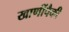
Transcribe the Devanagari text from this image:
खाणींपैकी